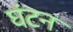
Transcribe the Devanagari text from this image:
घंटन